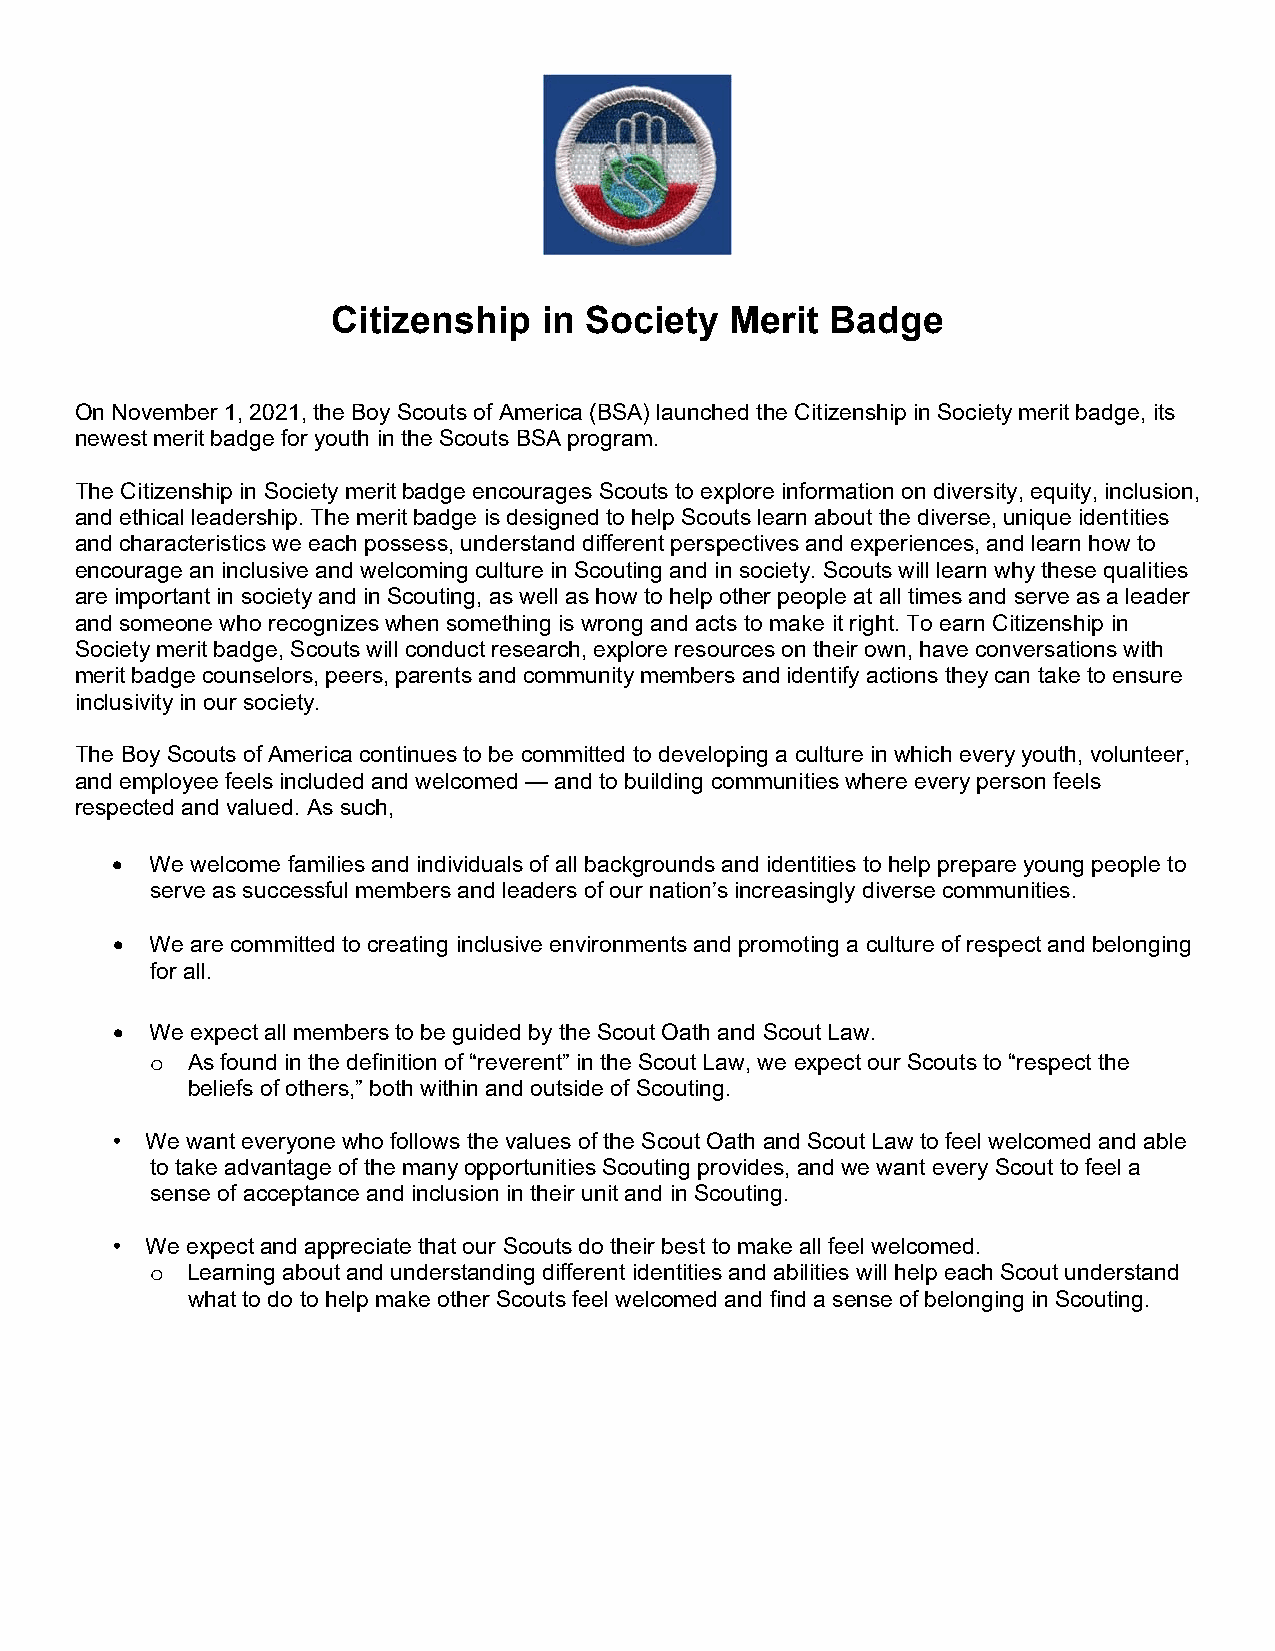
Citizenship   in Society  Merit  Badge
 On November 1, 2021, the Boy Scouts of America (BSA) launched the Citizenship in Society merit badge, its
 newest merit badge for youth in the Scouts BSA program.
 The Citizenship in Society merit badge encourages Scouts to explore information on diversity, equity, inclusion,
 and ethical leadership. The merit badge is designed to help Scouts learn about the diverse, unique identities
 and characteristics we each possess, understand different perspectives and experiences, and learn how to
 encourage an inclusive and welcoming culture in Scouting and in society. Scouts will learn why these qualities
 are important in society and in Scouting, as well as how to help other people at all times and serve as a leader
 and someone who recognizes when something is wrong and acts to make it right. To earn Citizenship in
 Society merit badge, Scouts will conduct research, explore resources on their own, have conversations with
 merit badge counselors, peers, parents and community members and identify actions they can take to ensure
 inclusivity in our society.
 The Boy Scouts of America continues to be committed to developing a culture in which every youth, volunteer,
 and employee feels included and welcomed — and to building communities where every person feels
 respected and valued. As such,
   We welcome families and individuals of all backgrounds and identities to help prepare young people to
 serve as successful members and leaders of our nation’s increasingly diverse communities.
   We are committed to creating inclusive environments and promoting a culture of respect and belonging
 for all.
   We expect all members to be guided by the Scout Oath and Scout Law.
 o As found in the definition of “reverent” in the Scout Law, we expect our Scouts to “respect the
 beliefs of others,” both within and outside of Scouting.
 •  We want everyone who follows the values of the Scout Oath and Scout Law to feel welcomed and able
 to take advantage of the many opportunities Scouting provides, and we want every Scout to feel a
 sense of acceptance and inclusion in their unit and in Scouting.
 •  We expect and appreciate that our Scouts do their best to make all feel welcomed.
 o Learning about and understanding different identities and abilities will help each Scout understand
 what to do to help make other Scouts feel welcomed and find a sense of belonging in Scouting.